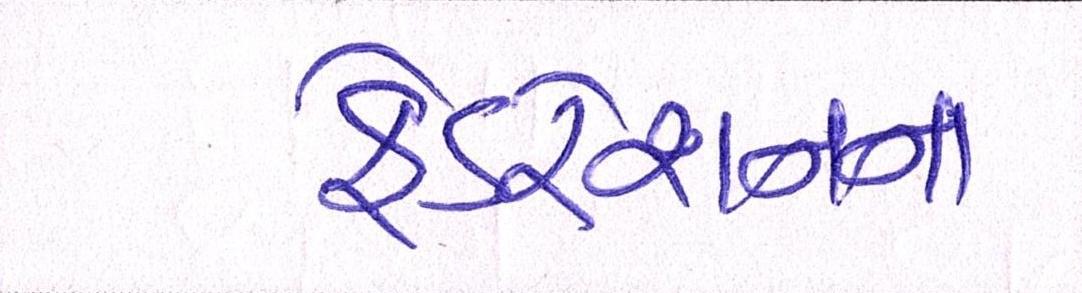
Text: ફેડરેશનના